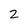
Character: 2